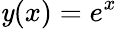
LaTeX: \mathit{y}(x)=e^{x}